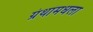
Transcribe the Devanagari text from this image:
ग्रंथांमधला